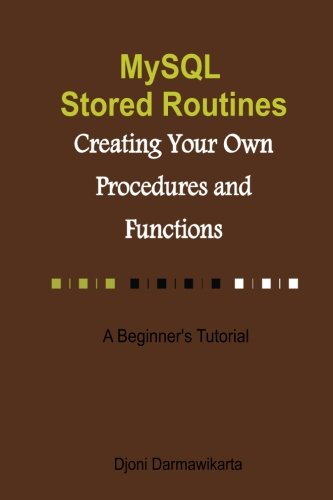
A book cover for MySQL Stored Routines: Creating Your Own Procedure and Function: A Beginner's Tutorial; Djoni Darmawikarta; Computers & Technology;